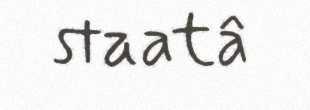
staatâ